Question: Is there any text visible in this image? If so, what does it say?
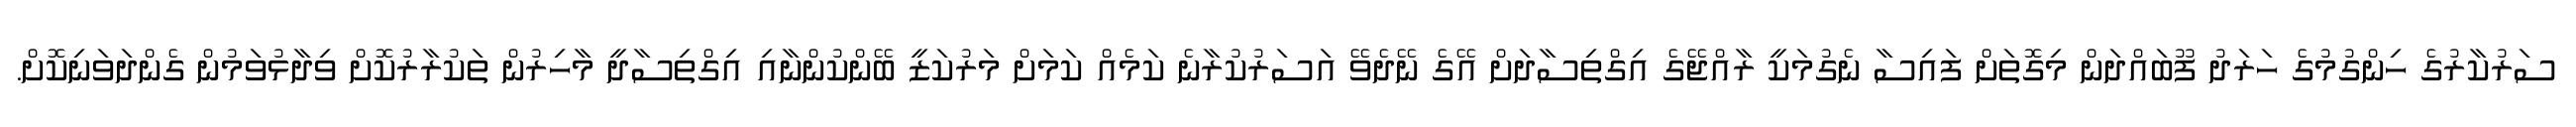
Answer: ސަރުކާރުގެ ހިންގުމުގެ ހަރަދު ފޫބައްދަން މިގޮތަށް ފައިސާ ނެގުމަކީ ރާއްޖޭގެ އިގްތިސާދަށް އޭގެ ނޭދެވޭ އަސަރުކުރާނެ ކަމެއް ކަމަށް މަރުކަޒީ ބޭންކުންނާއި އިގްތިސާދީ މާހިރުން ތަކުރާރުކޮށް ވިދާޅުވަމުން ގެންދަވަނިކޮށް.